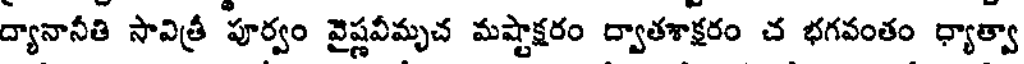
ద్యానానీతి సావిత్రీ పూర్వం వైష్ణవీమృచ మష్టాక్షరం ద్వాతశాక్షరం చ భగవంతం ధ్యాత్వా